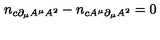
n _ { c \partial _ { \mu } A ^ { \mu } A ^ { 2 } } - n _ { c A ^ { \mu } \partial _ { \mu } A ^ { 2 } } = 0